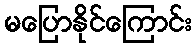
မပြောနိုင်ကြောင်း